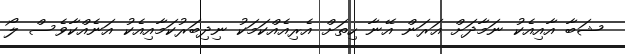
ޝަބާ އާއިއެކު ނަމާދަށް އަރަން އޭނާ ހިތަށް އެރިއެއްކަމަކު ނިދިބަރުކަމާއިއެކު އަނެއްކާވެސް ލޯ